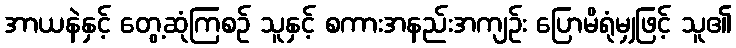
အာယနဲနှင့် တွေ့ဆုံကြစဉ် သူနှင့် စကားအနည်းအကျဉ်း ပြောမိရုံမျှဖြင့် သူ၏